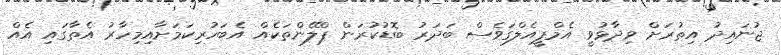
ޖުނައިދު އިތުރަށް ވިދާޅުވީ އެމްޕީއެލްގަވެސް ބަދަރު ބޮޑުކުރަން ޕްލޭންތަކެއް އެބަހުރިކަމަށާއިމިހާރު އެތާގައި އެއް